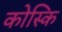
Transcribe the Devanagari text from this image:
कोस्कि